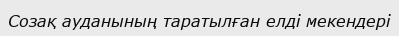
Созақ ауданының таратылған елді мекендері